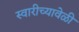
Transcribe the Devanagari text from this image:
स्वारीच्यावेळी